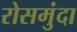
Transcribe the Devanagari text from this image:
रोसमुंदा